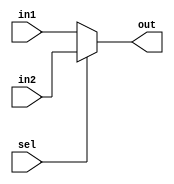
module Mux2x1_10Bits(out, in1, in2, sel);

input [9:0] in1, in2;
input sel;
output [9:0] out;

assign out = 	(sel == 1'b0) ? in1 :
		(sel == 1'b1) ? in2 : 10'bx;

endmodule